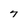
Character: 7